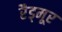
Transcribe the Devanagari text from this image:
रैड्मूर